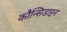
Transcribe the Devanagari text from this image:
कौन्सिडाइन